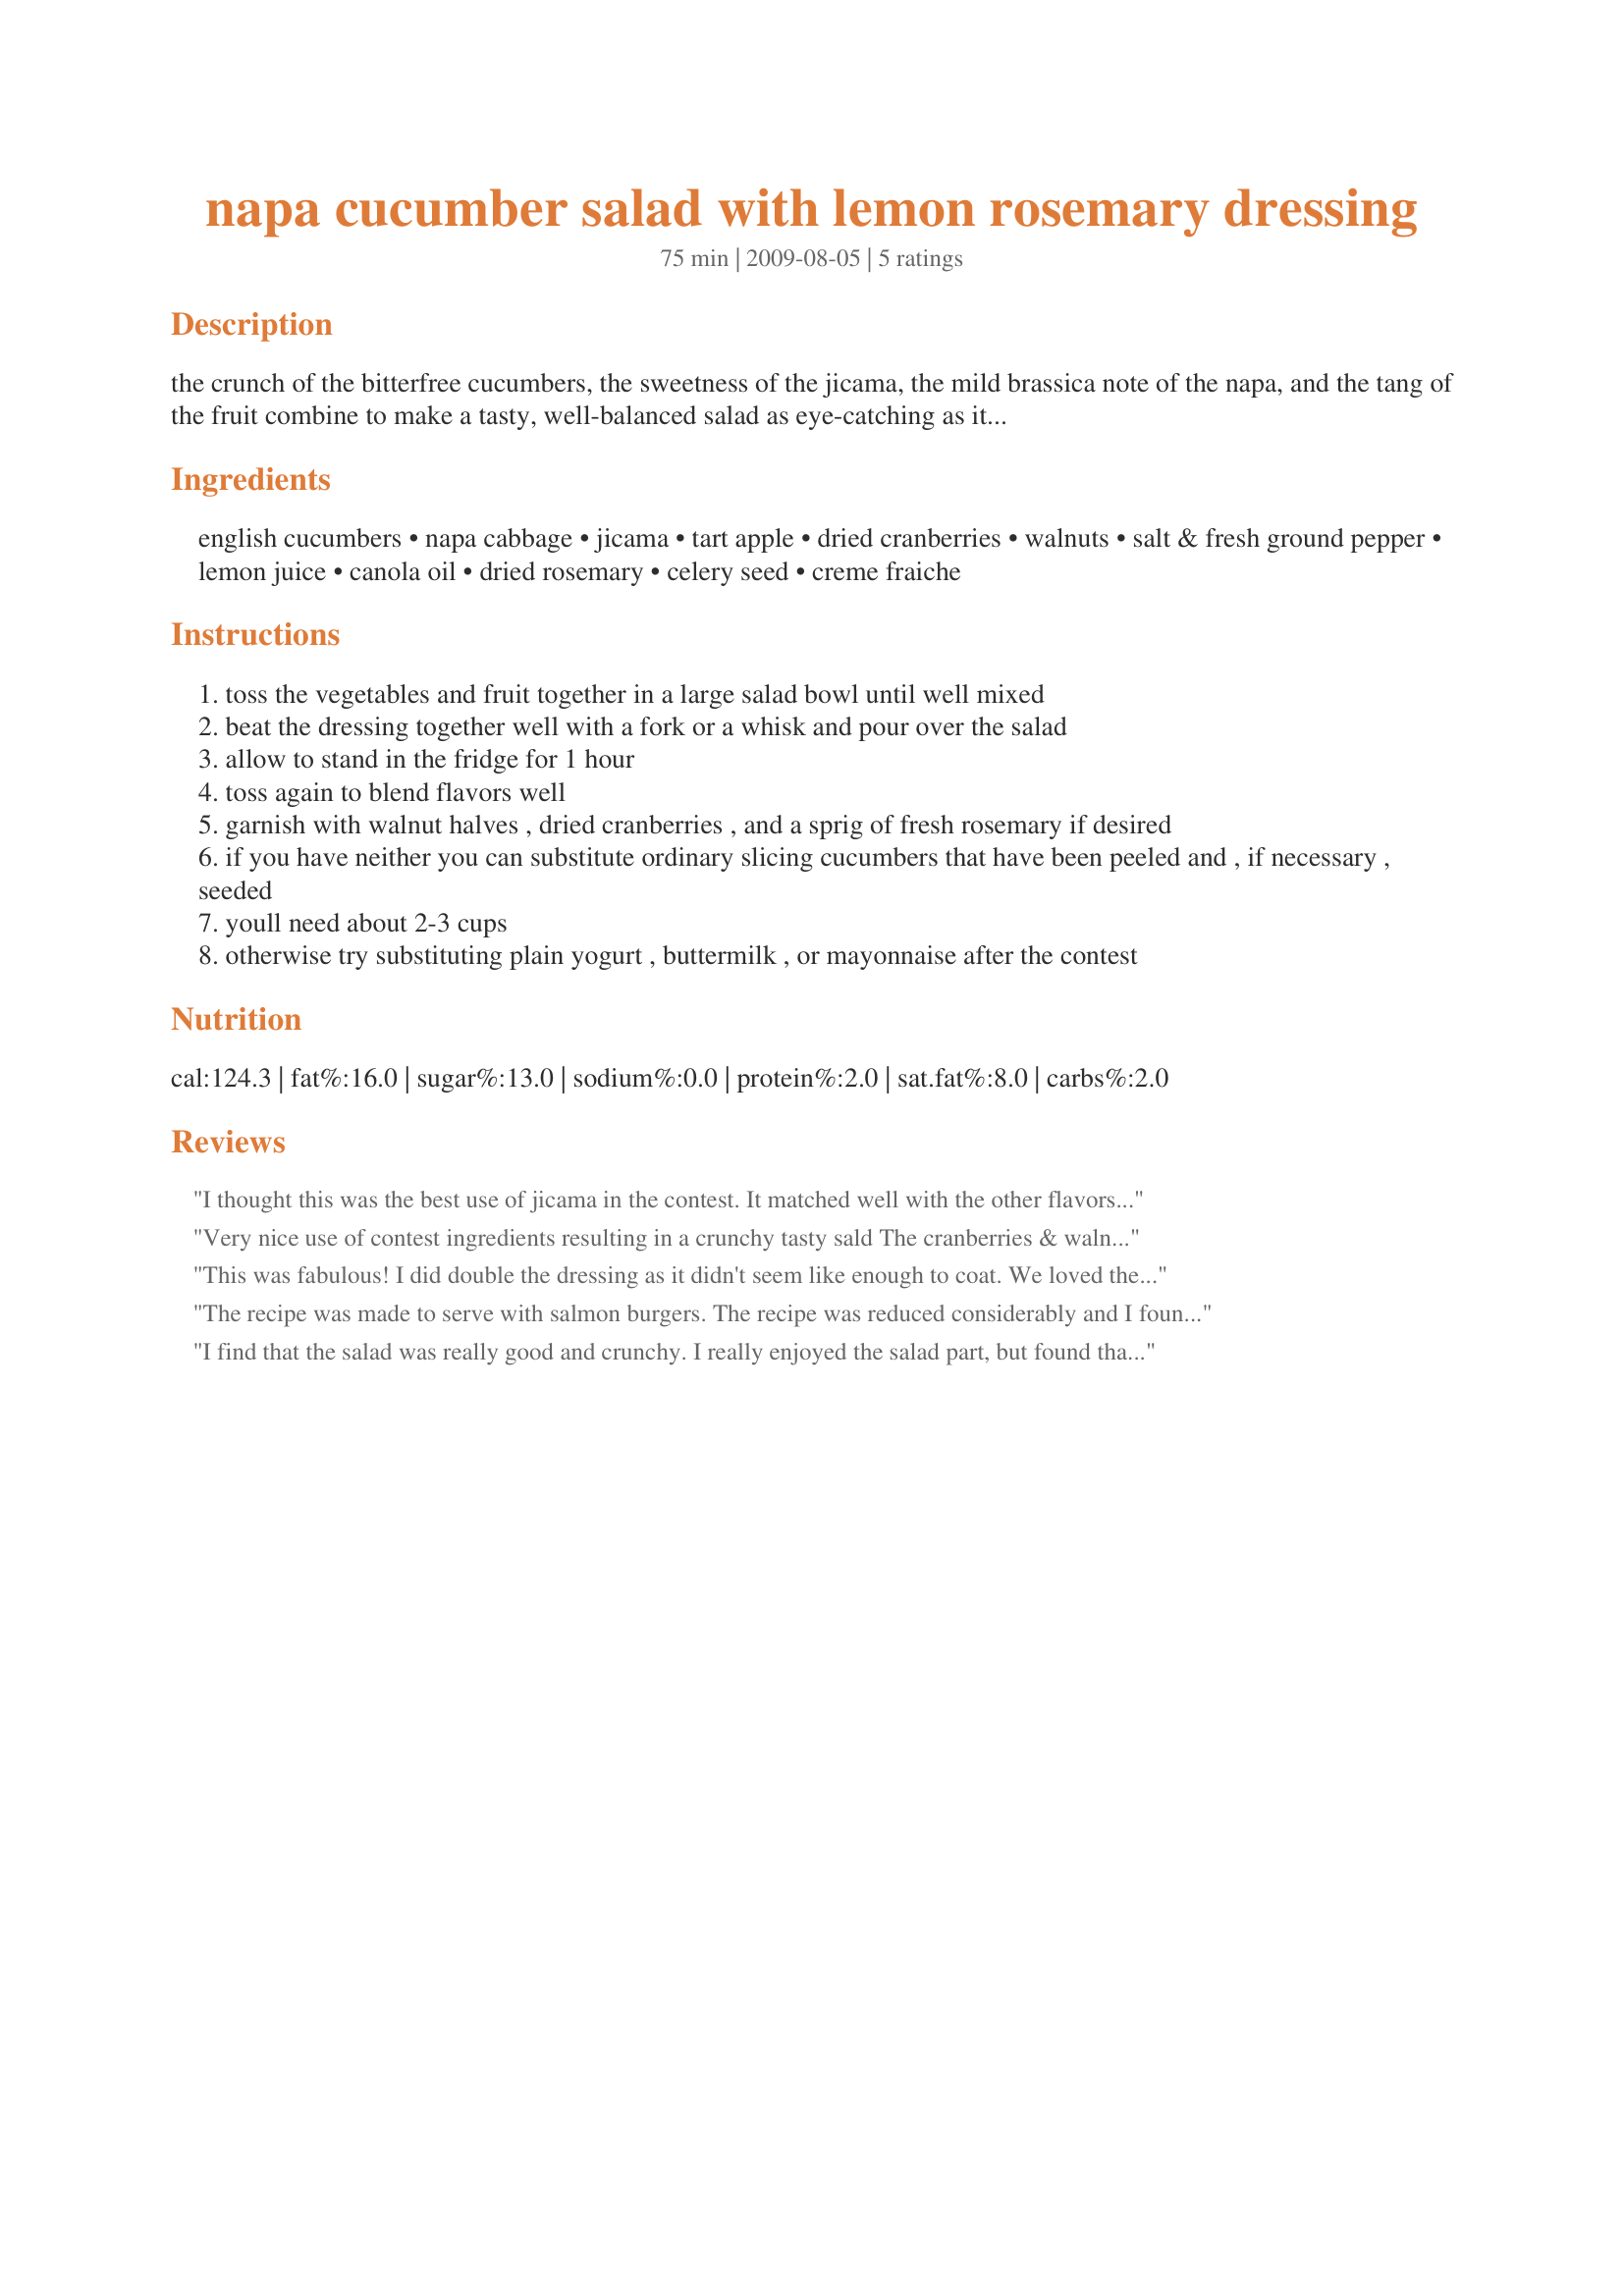
napa cucumber salad with lemon rosemary dressing
Preparation time: 75 minutes

the crunch of the bitterfree cucumbers, the sweetness of the jicama, the mild brassica note of the napa, and the tang of the fruit combine to make a tasty, well-balanced salad as eye-catching as it is delicious. lemon and rosemary make a fresh, lively dressing that goes particularly well with meals featuring fish or chicken. some of the ingredients look a little exotic, but it goes together as easily as an ordinary coleslaw. an excellent choice for picnics and pot lucks. “cooking” time is chilling time.

Ingredients:
english cucumbers, napa cabbage, jicama, tart apple, dried cranberries, walnuts, salt & fresh ground pepper, lemon juice, canola oil, dried rosemary, celery seed, creme fraiche

Steps:
toss the vegetables and fruit together in a large salad bowl until well mixed
beat the dressing together well with a fork or a whisk and pour over the salad
allow to stand in the fridge for 1 hour
toss again to blend flavors well
garnish with walnut halves , dried cranberries , and a sprig of fresh rosemary if desired
if you have neither you can substitute ordinary slicing cucumbers that have been peeled and , if necessary , seeded
youll need about 2-3 cups
otherwise try substituting plain yogurt , buttermilk , or mayonnaise after the contest

Reviews:
I thought this was the best use of jicama in the contest. It matched well with the other flavors and provided a welcome crunch. I liked the use of the dried cranberries & walnuts. They added a sweet note & color to the frilly cabbage. 

The dressing tastes "light" and clean. I did think it needs additional seasoning to complement the well placed veggies. It seemed to be missing that punch to take the salad higher. I ended up adding cracked black pepper at the table. 
I had made a half recipe, but still had leftovers. This salad tasted even better the second day & had held it's crispness surprisingly well. Good luck in the contest!
Very nice use of contest ingredients resulting in a crunchy tasty sald The cranberries & walnuts are a nice touch of color & flavor I used a Lemon (also known as an apple) cucumber they are very mild in the flavor. I may like to add some sweet onion to the salad. Good luck in the contest!
This was fabulous! I did double the dressing as it didn't seem like enough to coat. We loved the combo of flavors & textures. Well done. Made for RSC #14. Good luck & thank you for posting!
The recipe was made to serve with salmon burgers. The recipe was reduced considerably and I found that due to the way the ingredients list was written, reducing it presented some problems. It would have been helpful to have listed the ingredients with approximate cup or ounces. Also, I found the salad was a little to tart for my taste and ended up adding a small amount of sugar to the leftovers. If I were to make this again I would reduce the a mount of lemon juice and maybe still add in a pinch of sugar. A good use of the contest ingredients. Good luck in RSC #14.
I find that the salad was really good and crunchy. I really enjoyed the salad part, but found that the dressing part, although nice and a bit creamy, which is the kind of dressing I like, could have used a bit more flavour.
